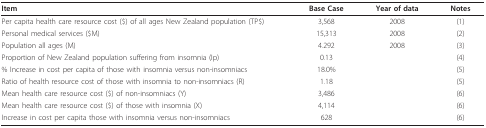
<table><thead><tr><td><b>Item</b></td><td><b>Base Case</b></td><td><b>Year of data</b></td><td><b>Notes</b></td></tr></thead><tbody><tr><td>Per capita health care resource cost ($) of all ages New Zealand population (TP$)</td><td>3,568</td><td>2008</td><td>(1)</td></tr><tr><td>Personal medical services ($M)</td><td>15,313</td><td>2008</td><td>(2)</td></tr><tr><td>Population all ages (M)</td><td>4.292</td><td>2008</td><td>(3)</td></tr><tr><td>Proportion of New Zealand population suffering from insomnia (Ip)</td><td>0.13</td><td></td><td>(4)</td></tr><tr><td>% Increase in cost per capita of those with insomnia versus non-insomniacs</td><td>18.0%</td><td></td><td>(5)</td></tr><tr><td>Ratio of health resource cost of those with insomnia to non-insomniacs (R)</td><td>1.18</td><td></td><td>(5)</td></tr><tr><td>Mean health care resource cost ($) of non-insomniacs (Y)</td><td>3,486</td><td></td><td>(6)</td></tr><tr><td>Mean health care resource cost ($) of those with insomnia (X)</td><td>4,114</td><td></td><td>(6)</td></tr><tr><td>Increase in cost per capita those with insomnia versus non-insomniacs</td><td>628</td><td></td><td>(6)</td></tr></tbody></table>